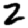
Digit: 2